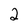
Character: 2